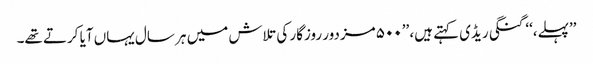
’’پہلے،‘‘ گنگی ریڈی کہتے ہیں، ’’۵۰۰ مزدور روزگار کی تلاش میں ہر سال یہاں آیا کرتے تھے۔